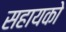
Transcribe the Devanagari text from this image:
सहायको